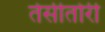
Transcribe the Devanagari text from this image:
तेसीतोरी